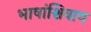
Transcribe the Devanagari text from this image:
भाषांशिवाय